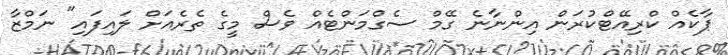
ޕާކެއް ކްރިއޭޓްކުރަން އިންނާނެ ގޭމް ސެގްމަންޓެއް ވެސް މީގެ ތެރެއަށް ލައިފައި" ނަމްޒާ